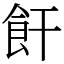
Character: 飦